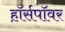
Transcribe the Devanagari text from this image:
ह़ॉर्सपॉवर